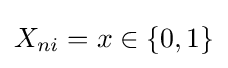
X_{ni}=x\in \{0,1\}